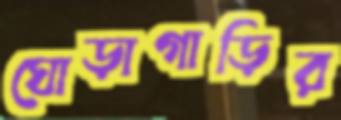
ঘোড়াগাড়ির